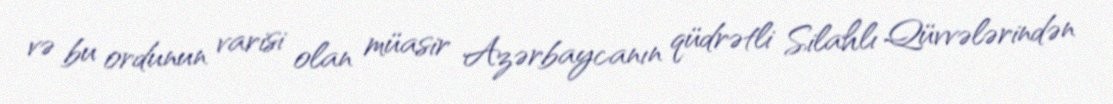
və bu ordunun varisi olan müasir Azərbaycanın qüdrətli Silahlı Qüvvələrindən